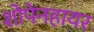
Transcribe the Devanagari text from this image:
शोपेनहायर